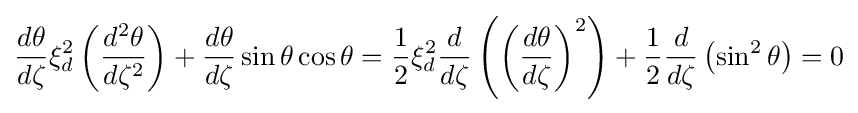
{\frac {d\theta }{d\zeta }}\xi _{d}^{2}\left({\frac {d^{2}\theta }{d\zeta ^{2}}}\right)+{\frac {d\theta }{d\zeta }}\sin {\theta }\cos {\theta }={\frac {1}{2}}\xi _{d}^{2}{\frac {d}{d\zeta }}\left(\left({\frac {d\theta }{d\zeta }}\right)^{2}\right)+{\frac {1}{2}}{\frac {d}{d\zeta }}\left(\sin ^{2}{\theta }\right)=0